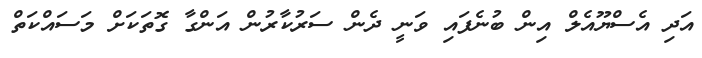
އަދި އެސްޔޫއެލް އިން ބުނެފައި ވަނީ ދެން ސަރުކާރުން އަންގާ ގޮތަކަށް މަސައްކަތް